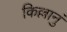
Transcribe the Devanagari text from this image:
किल्लानुं